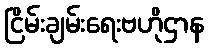
ငြိမ်းချမ်းရေးဗဟိုဌာန